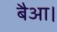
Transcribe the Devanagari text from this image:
बैआ।